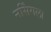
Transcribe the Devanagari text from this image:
नर्सिंगला